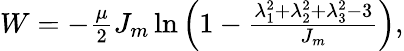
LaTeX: \begin{array}{r}{W=-\frac{\mu}{2}J_{m}\ln\Big(1-\frac{\lambda_{1}^{2}+\lambda_{2}^{2}+\lambda_{3}^{2}-3}{J_{m}}\Big),}\end{array}